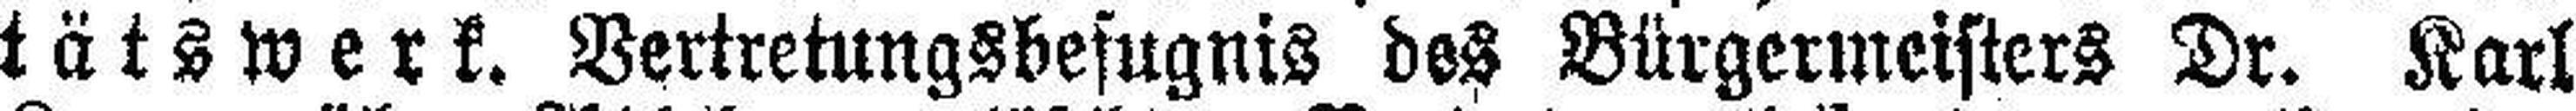
tätswerk. Vertretungsbefugnis des Bürgermeisters Dr. Karl